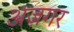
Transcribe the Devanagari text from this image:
अज़गर